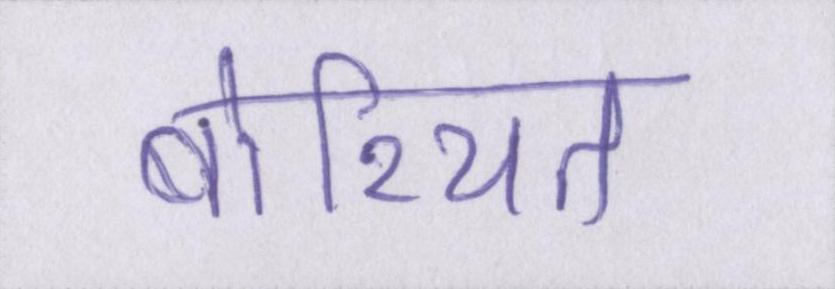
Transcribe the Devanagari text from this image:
बोरियत